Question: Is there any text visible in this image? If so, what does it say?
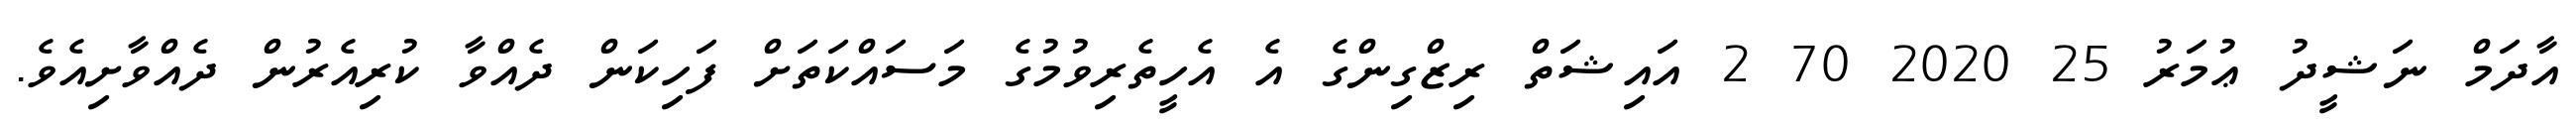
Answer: އާދަމް ނަޝީދު ޢުމަރު 25 2020 70 2 އައިޝަތް ރިޒްގިންގެ އެ އެހީތެރިވުމުގެ މަސައްކަތަށް ފަހިކަން ދެއްވާ ކުރިއެރުން ދެއްވާށިއެވެ.